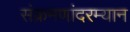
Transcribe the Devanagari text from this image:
संक्रमणांदरम्यान